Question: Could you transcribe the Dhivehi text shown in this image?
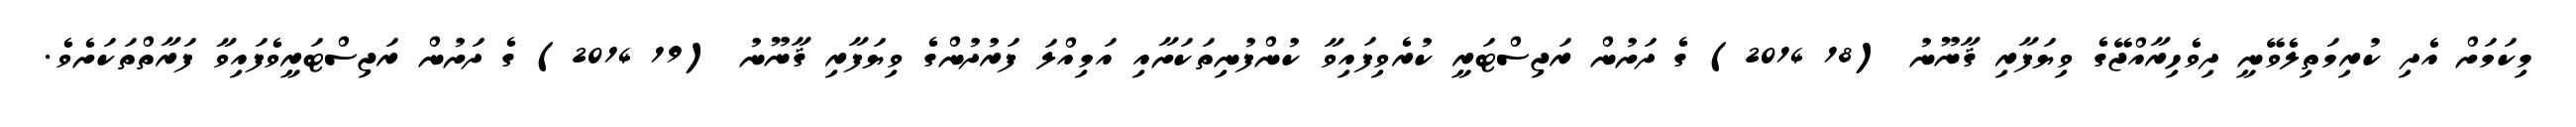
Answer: މިކަމަށް އެދި ކުރިމަތިލެވޭނީ ދިވެހިރާއްޖޭގެ ވިޔަފާރި ޤާނޫނު (18 2014) ގެ ދަށުން ރަޖިސްޓަރީ ކުރެވިފައިވާ ކުންފުނިތަކަށާއި އަމިއްލަ ފަރުދުންގެ ވިޔަފާރި ޤާނޫނު (19 2014) ގެ ދަށުން ރަޖިސްޓަރީވެފައިވާ ފަރާތްތަކަށެވެ.